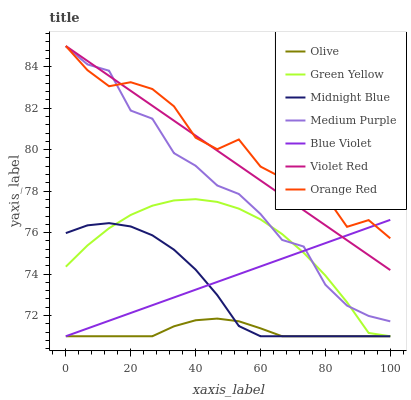
| xaxis_label | Olive | Green Yellow | Midnight Blue | Medium Purple | Blue Violet | Violet Red | Orange Red |
 | --- | --- | --- | --- | --- | --- | --- | --- |
 | 0 | 71 | 74.4 | 76 | 85 | 71 | 85 | 85 |
 | 6.67 | 71 | 75.4 | 76.3 | 84.1 | 71.4 | 84.3 | 83.8 |
 | 13.3 | 71 | 76.2 | 76.5 | 83.8 | 71.7 | 83.6 | 83.1 |
 | 20 | 71 | 76.9 | 76.3 | 81.9 | 72.1 | 82.8 | 83.3 |
 | 26.7 | 71 | 77.3 | 75.9 | 81.5 | 72.5 | 82.1 | 82.9 |
 | 33.3 | 71.5 | 77.6 | 75.2 | 79.8 | 72.9 | 81.4 | 82.1 |
 | 40 | 71.8 | 77.6 | 74.2 | 79.2 | 73.2 | 80.7 | 80.6 |
 | 46.7 | 71.9 | 77.5 | 73 | 78.3 | 73.6 | 80 | 80 |
 | 53.3 | 71.7 | 77.2 | 71.5 | 77.9 | 74 | 79.2 | 80.5 |
 | 60 | 71.4 | 76.6 | 71 | 76.9 | 74.4 | 78.5 | 79.2 |
 | 66.7 | 71 | 75.9 | 71 | 75.6 | 74.7 | 77.8 | 78.6 |
 | 73.3 | 71 | 75 | 71 | 75.3 | 75.1 | 77.1 | 78.5 |
 | 80 | 71 | 73.9 | 71 | 73.5 | 75.5 | 76.4 | 77.8 |
 | 86.7 | 71 | 72.6 | 71 | 72.5 | 75.9 | 75.6 | 76.3 |
 | 93.3 | 71 | 71.2 | 71 | 72 | 76.2 | 74.9 | 76.6 |
 | 100 | 71 | 71 | 71 | 71.7 | 76.6 | 74.2 | 75.7 |